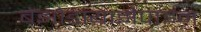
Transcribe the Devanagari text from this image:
बेंझोडायाझेपाइन